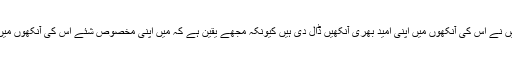
اس کے باوجود میں نے اس کی آنکھوں میں اپنی امید بھری آنکھیں ڈال دی ہیں کیونکہ مجھے یقین ہے کہ میں اپنی مخصوص شئے اس کی آنکھوں میں ضرور جاؤں گا۔